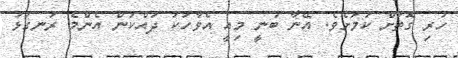
ހުރި ގޮތަށް ކަމަށެވެ. އޭނާ ބުނީ މިއީ އެވާހަކަ ދައްކަން އެންމެ ރަނގަޅު